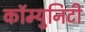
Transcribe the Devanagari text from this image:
कॉम्युनिटी